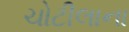
ચોટીલાના